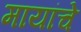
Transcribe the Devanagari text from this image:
मायांचे